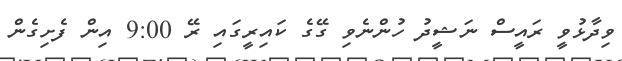
ވިދާޅުވީ ރައީސް ނަޝީދު ހުންނެވި ގޭގެ ކައިރީގައި ރޭ 9:00 އިން ފެށިގެން